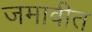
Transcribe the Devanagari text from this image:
जमावीत